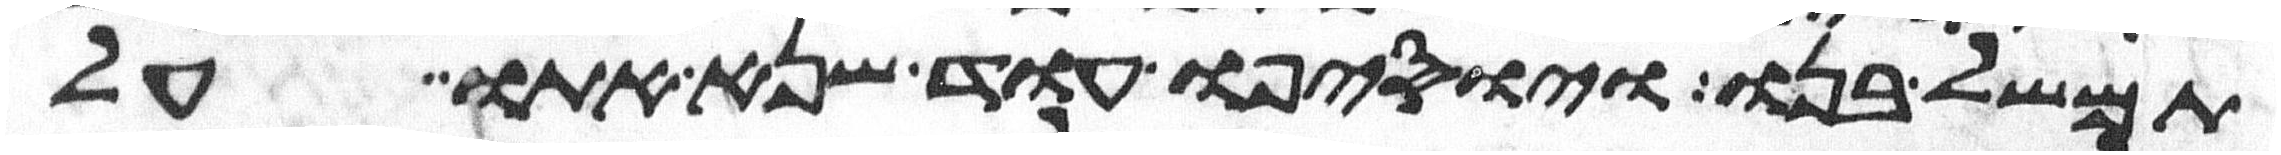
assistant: תמשל בנו ויוסיפו עוד שנא אתו על